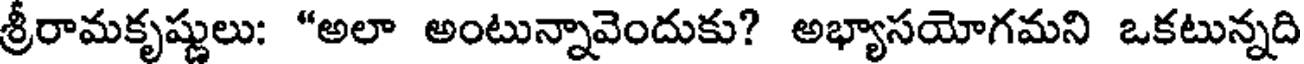
శ్రీరామకృష్ణులు: "అలా అంటున్నావెందుకు? అభ్యాసయోగమని ఒకటున్నది